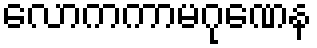
လောကကာမဂုဏေန